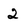
Character: 2